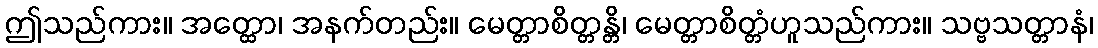
ဤသည်ကား။ အတ္ထော၊ အနက်တည်း။ မေတ္တာစိတ္တန္တိ၊ မေတ္တာစိတ္တံဟူသည်ကား။ သဗ္ဗသတ္တာနံ၊